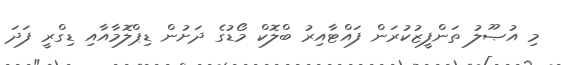
މި އުޞޫލު ތަންފީޒުކުރަން ފައްޓާއިރު ބްލޮކް މޯޑުގެ ދަށުން ޑިޕްލޮމާއާއި ޑިގްރީ ފަދަ